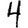
Digit: 4